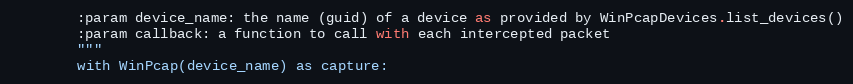
Language: Python
        :param device_name: the name (guid) of a device as provided by WinPcapDevices.list_devices()
        :param callback: a function to call with each intercepted packet
        """
        with WinPcap(device_name) as capture: